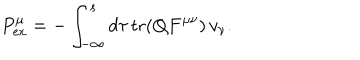
LaTeX: { P } _ { \mathrm { e x } } ^ { \mu } = - \int _ { - \infty } ^ { s } d \tau \, \mathrm { t r } ( Q F ^ { \mu \nu } ) \, v _ { \nu } .